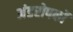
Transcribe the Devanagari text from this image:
अंडरोपकों